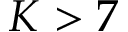
K > 7